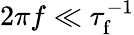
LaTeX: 2\pi f\ll\tau_{\mathrm{f}}^{-1}